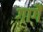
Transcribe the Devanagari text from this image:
गागैं